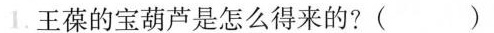
1 . 王葆的宝葫芦是怎么得来的？()